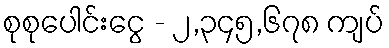
စုစုပေါင်းငွေ - ၂,၃၄၅,၆၇၈ ကျပ်